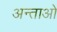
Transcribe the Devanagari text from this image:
अन्ताओ